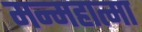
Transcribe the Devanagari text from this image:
मन्महात्मा